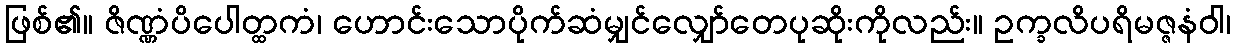
ဖြစ်၏။ ဇိဏ္ဏံပိပေါတ္ထကံ၊ ဟောင်းသောပိုက်ဆံမျှင်လျှော်တေပုဆိုးကိုလည်း။ ဥက္ခလိပရိမဇ္ဇနံဝါ၊